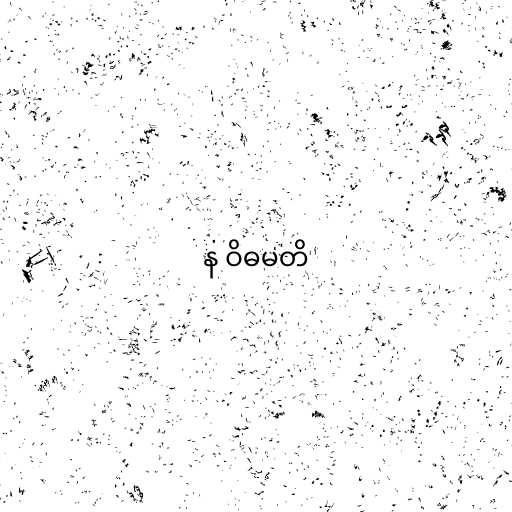
န ဝိဓမတိ